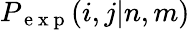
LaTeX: P_{\mathrm{~e~x~p~}}(i,j|n,m)